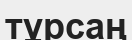
тұрсаң